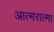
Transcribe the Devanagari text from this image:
आत्मरात्मा